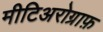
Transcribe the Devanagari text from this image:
मीटिअरोग्राफ़